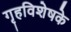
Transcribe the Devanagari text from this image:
गृहविशेषके